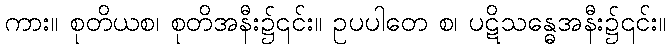
ကား။ စုတိယစ၊ စုတိအနီး၌၎င်း။ ဥပပါတေ စ၊ ပဋိသန္ဓေအနီး၌၎င်း။